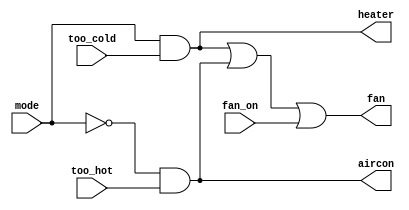
//Ring or vibrate
//verilog
//if..else .. ...
//verilog 


module top_module
(
	input too_cold,
	input too_hot,
	input mode,
	input fan_on,
	output heater,
	output aircon,
	output fan
);

assign heater = mode  & too_cold;
assign aircon = !mode & too_hot;
//assign fan    = heater | aircon | fan_on;   //success
assign fan    = (mode & too_cold) | (!mode & too_hot) | fan_on;

endmodule